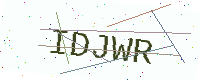
Text: IDJWR